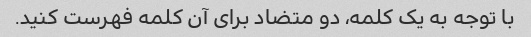
با توجه به یک کلمه، دو متضاد برای آن کلمه فهرست کنید.